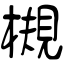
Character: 槻